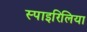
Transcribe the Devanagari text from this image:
स्पाइरिलिया